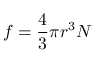
f = { \frac { 4 } { 3 } } \pi r ^ { 3 } N \,